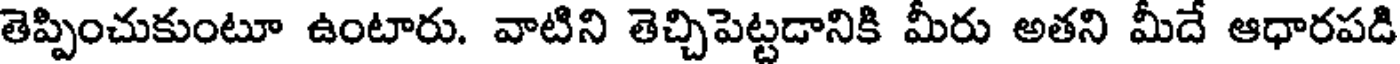
తెప్పించుకుంటూ ఉంటారు. వాటిని తెచ్చిపెట్టడానికి మీరు అతని మీదే ఆధారపడి